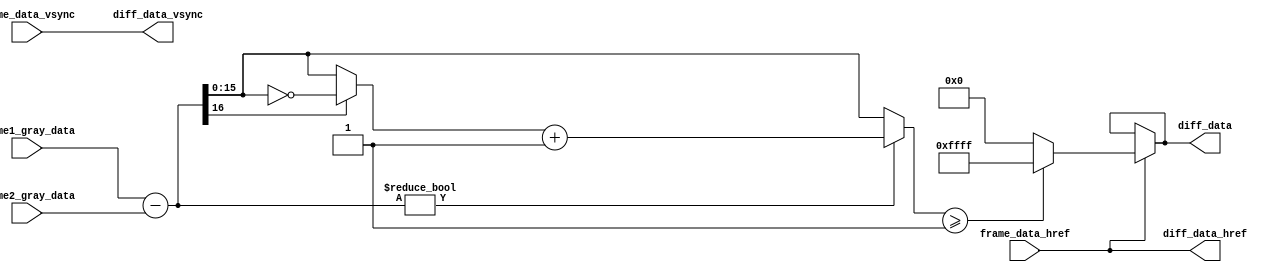
// 0ffff0
// 16bitframe
module frame_difference (
    input               frame_data_vsync ,
    input               frame_data_href  ,
    input       [15:0]  frame1_gray_data ,
    input       [15:0]  frame2_gray_data ,
    output              diff_data_vsync  ,
    output              diff_data_href   ,
    output      [15:0]  diff_data        
);
// wire define
wire [16:0] diff_data_w;        // 
wire [15:0] abs_diff_data_w;
//              main code
assign diff_data_w = frame1_gray_data - frame2_gray_data;                                           // 
assign abs_diff_data_w = diff_data_w ? ((diff_data_w[16] ? (~diff_data_w[15:0]) : diff_data_w[15:0]) + 1'b1) : diff_data_w;      // 
assign diff_data = frame_data_href ? ((abs_diff_data_w >= 16'd1) ? 16'hffff : 16'd0) : diff_data;   // 
assign diff_data_vsync = frame_data_vsync;
assign diff_data_href = frame_data_href;
endmodule